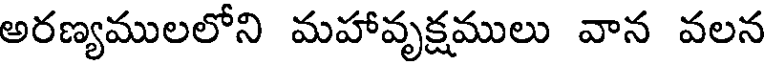
అరణ్యములలోని మహావృక్షములు వాన వలన